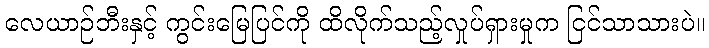
လေယာဉ်ဘီးနှင့် ကွင်းမြေပြင်ကို ထိလိုက်သည့်လှုပ်ရှားမှုက ငြင်သာသားပဲ။